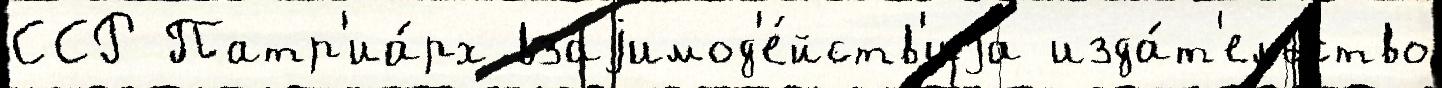
ССР Патр'иа́рх взаjимод'е́йств'иjа изда́т'ельство